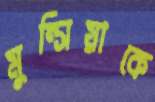
মুন্সিয়াকে